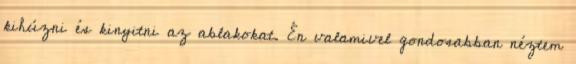
kihúzni és kinyitni az ablakokat. Én valamivel gondosabban néztem